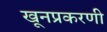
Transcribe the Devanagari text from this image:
खूनप्रकरणी